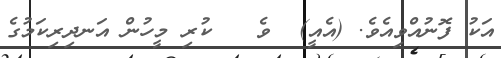
އަކު ފޮނުއްވިއެވެ. (އެއީ)  ވެ   ކުރި މީހުން އަނދިރިކަމުގެ